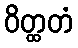
ဝိတ္ထတံ